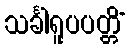
သင်္ခါရူပပတ္တိံ